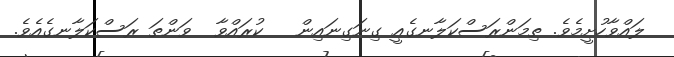
ލައްވާހުށީމެވެ. ތިމަންރަސްކަލާނގެއީ ގިނަގިނައިން   ކުރައްވާ  ވަންތަ ރަސްކަލާނގެއެވެ.